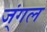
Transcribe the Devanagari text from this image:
ज्ंगल